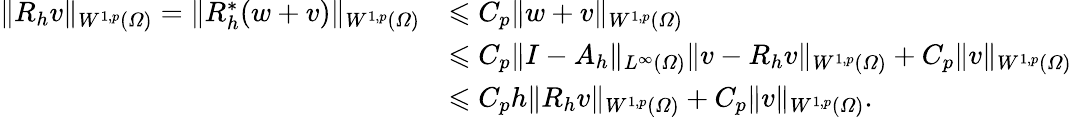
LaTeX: \begin{array}{rl}{\| R_{h}v\| _{W^{1,p}(\varOmega)}=\| R_{h}^{*}(w+v)\| _{W^{1,p}(\varOmega)}}&{\leqslant C_{p}\| w+v\| _{W^{1,p}(\varOmega)}}\\ &{\leqslant C_{p}\| I-A_{h}\| _{L^{\infty}(\varOmega)}\| v-R_{h}v\| _{W^{1,p}(\varOmega)}+C_{p}\| v\| _{W^{1,p}(\varOmega)}}\\ &{\leqslant C_{p}h\| R_{h}v\| _{W^{1,p}(\varOmega)}+C_{p}\| v\| _{W^{1,p}(\varOmega)}.}\end{array}